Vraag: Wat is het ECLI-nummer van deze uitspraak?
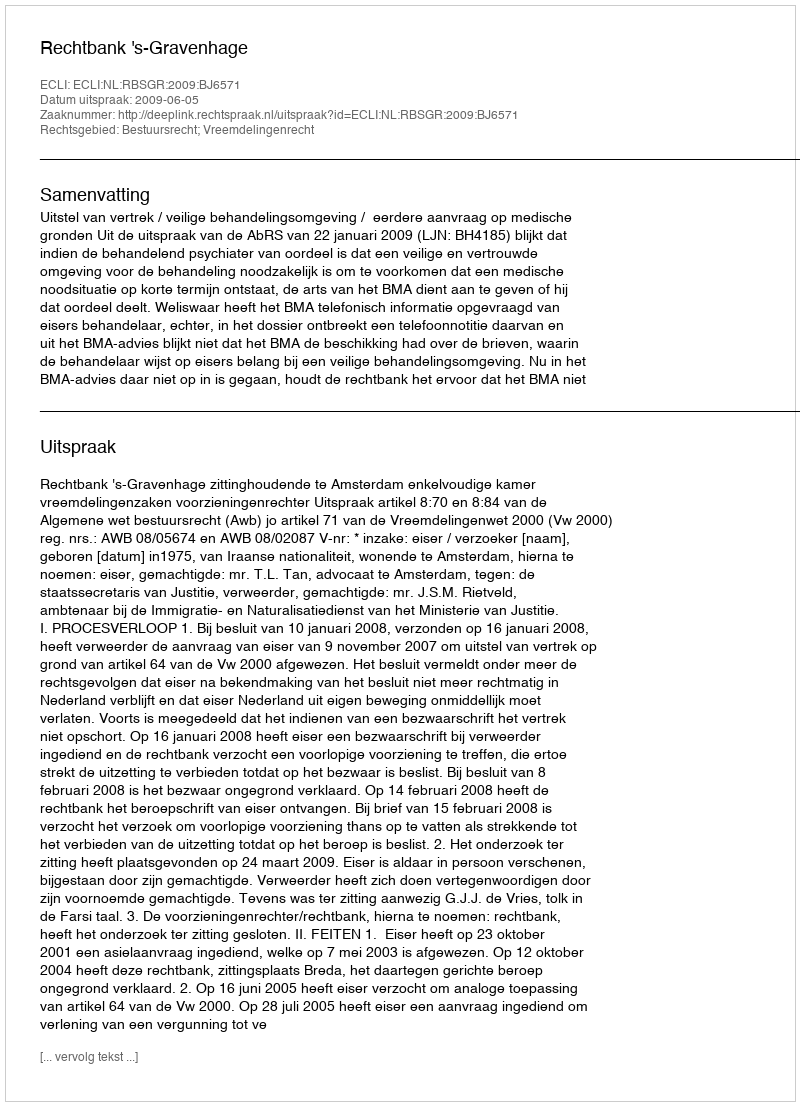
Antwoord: ECLI:NL:RBSGR:2009:BJ6571